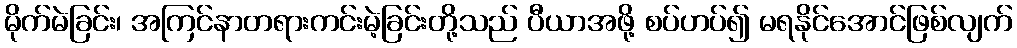
မိုက်မဲခြင်း၊ အကြင်နာတရားကင်းမဲ့ခြင်းတို့သည် ပီယာအဖို့ စပ်ဟပ်၍ မရနိုင်အောင်ဖြစ်လျက်